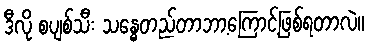
ဒီလို စပျစ်သီး သန္ဓေတည်တာဘာ့ကြောင့်ဖြစ်ရတာလဲ။